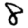
Digit: 8